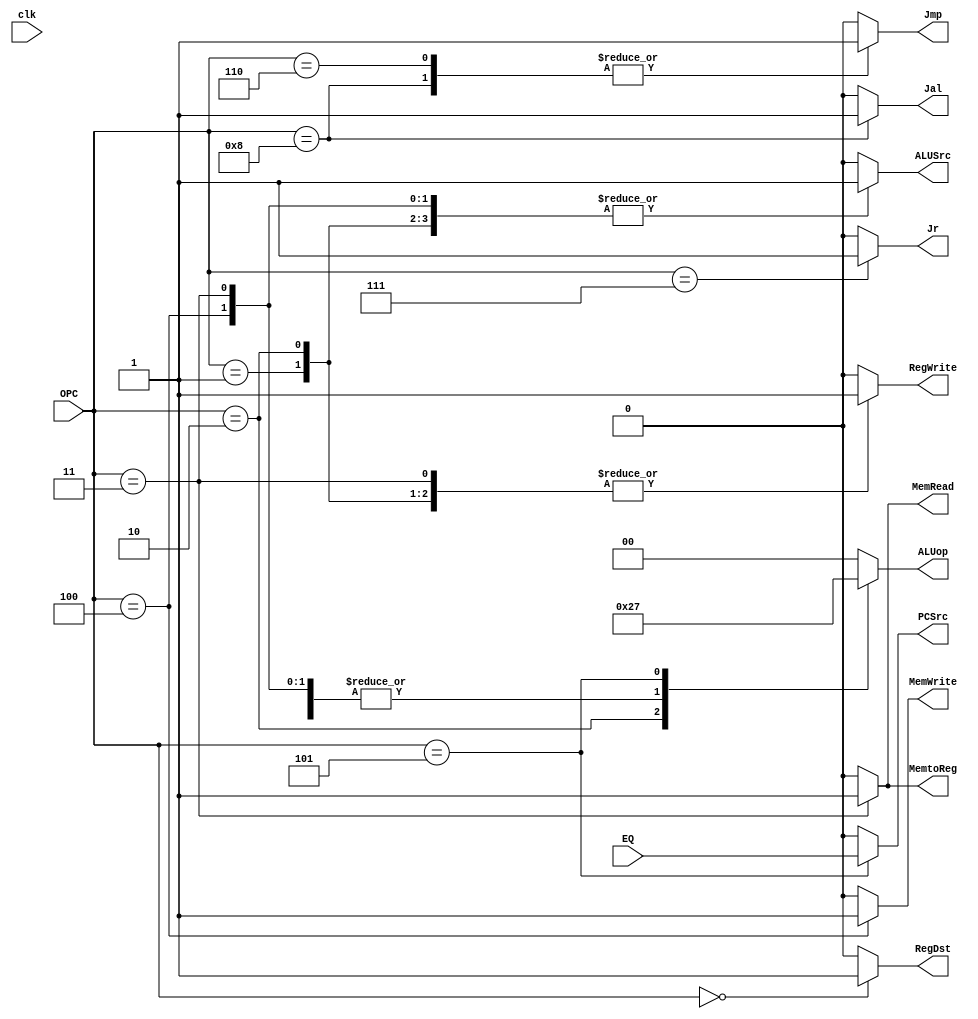
`define RT 6'b000000
`define ADDI 6'b000001
`define SLTI 6'b000010
`define LW 6'b000011
`define SW 6'b000100
`define BEQ 6'b000101
`define J 6'b000110
`define JR 6'b000111
`define JAL 6'b001000
module Controller(clk,EQ,OPC,RegDst,RegWrite,Jal,Jr,Jmp,MemtoReg,MemRead,MemWrite,ALUSrc,PCSrc,ALUop);
	input clk,EQ;
	input[5:0]OPC;
	output reg RegDst,RegWrite,Jal,Jr,Jmp,MemtoReg,MemRead,MemWrite,ALUSrc,PCSrc;
	output reg[1:0]ALUop;

	always@(OPC or EQ) begin 
		{RegDst,RegWrite,Jal,Jr,Jmp,MemtoReg,MemRead,MemWrite,ALUSrc,PCSrc,ALUop}<=12'd0;
		case(OPC)
			`RT: begin
				RegDst<=1;
				Jal<=0;
				RegWrite<=1;
				ALUSrc<=0;
				ALUop<=2'b00;
				MemRead<=0;
				MemWrite<=0;
				MemtoReg<=0;
				PCSrc<=0;
				Jmp<=0;
				Jr<=0;
			end
			`ADDI: begin 
				RegDst<=0;
				Jal<=0;
				RegWrite<=1;
				ALUSrc<=1;
				ALUop<=2'b01;
				MemRead<=0;
				MemWrite<=0;
				MemtoReg<=0;
				PCSrc<=0;
				Jmp<=0;
				Jr<=0;
			end
			`SLTI: begin 
				RegDst<=0;
				Jal<=0;
				RegWrite<=1;
				ALUSrc<=1;
				ALUop<=2'b10;
				MemRead<=0;
				MemWrite<=0;
				MemtoReg<=0;
				PCSrc<=0;
				Jmp<=0;
				Jr<=0;
			end
			`LW: begin 
				RegDst<=0;
				Jal<=0;
				RegWrite<=1;
				ALUSrc<=1;
				ALUop<=2'b01;
				MemRead<=1;
				MemWrite<=0;
				MemtoReg<=1;
				PCSrc<=0;
				Jmp<=0;
				Jr<=0;
			end
			`SW: begin 
				RegDst<=0;
				Jal<=0;
				RegWrite<=0;
				ALUSrc<=1;
				ALUop<=2'b01;
				MemRead<=0;
				MemWrite<=1;
				MemtoReg<=0;
				PCSrc<=0;
				Jmp<=0;
				Jr<=0;
			end
			`BEQ: begin 
				RegDst<=0;
				Jal<=0;
				RegWrite<=0;
				ALUSrc<=0;
				ALUop<=2'b11;
				MemRead<=0;
				MemWrite<=0;
				MemtoReg<=0;
				PCSrc<=EQ;
				Jmp<=0;
				Jr<=0;
			end
			`J: begin 
				RegDst<=0;
				Jal<=0;
				RegWrite<=0;
				ALUSrc<=0;
				ALUop<=2'b00;
				MemRead<=0;
				MemWrite<=0;
				MemtoReg<=0;
				PCSrc<=0;
				Jmp<=1;
				Jr<=0;
			end
			`JR: begin 
				RegDst<=0;
				Jal<=0;
				RegWrite<=0;
				ALUSrc<=0;
				ALUop<=2'b00;
				MemRead<=0;
				MemWrite<=0;
				MemtoReg<=0;
				PCSrc<=0;
				Jmp<=0;
				Jr<=1;
			end
			`JAL: begin 
				RegDst<=0;
				Jal<=1;
				RegWrite<=1;
				ALUSrc<=0;
				ALUop<=2'b00;
				MemRead<=0;
				MemWrite<=0;
				MemtoReg<=0;
				PCSrc<=0;
				Jmp<=1;
				Jr<=0;
			end
		endcase
	end
endmodule